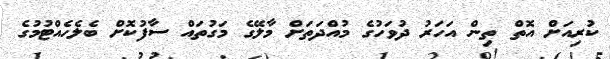
ކުރިއަށް އޮތް ތިން އަހަރު ދުވަހުގެ މުއްދަތަށް މާލޭގެ މަގުތައް ސާފުކޮށް ބެލެހެއްޓުމުގެ